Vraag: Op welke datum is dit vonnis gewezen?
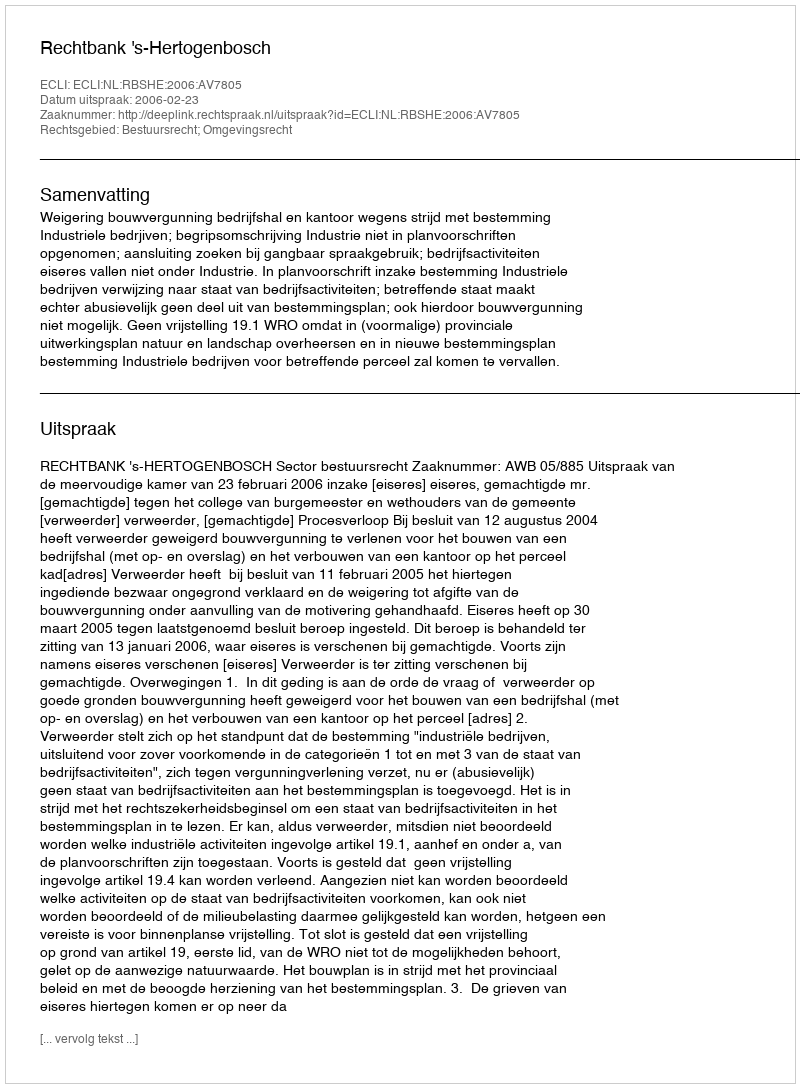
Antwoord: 2006-02-23